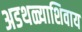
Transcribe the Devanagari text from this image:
अडथळ्याशिवाय